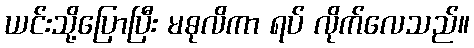
ယင်းသို့ပြောပြီး မဓုလိကာ ရပ် လိုက်လေသည်။